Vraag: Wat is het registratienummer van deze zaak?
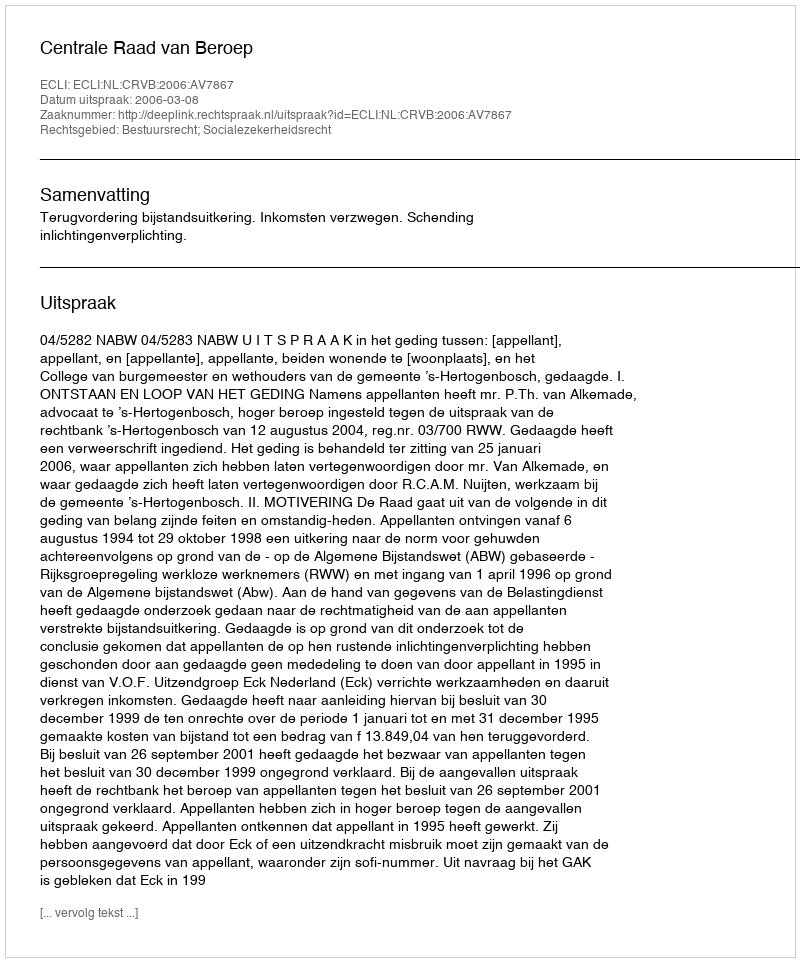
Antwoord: http://deeplink.rechtspraak.nl/uitspraak?id=ECLI:NL:CRVB:2006:AV7867